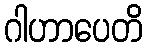
ဂါဟာပေတိ